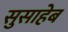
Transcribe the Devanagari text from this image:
सुसाहेब